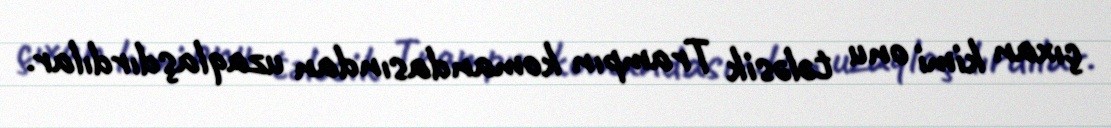
çıxan kimi onu tələsik Trampın komandasından uzaqlaşdırdılar.